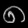
Digit: ၈